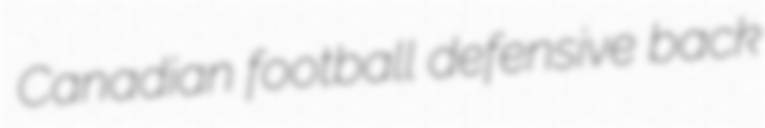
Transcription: Canadian football defensive back